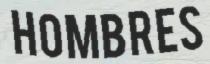
HOMBRES